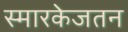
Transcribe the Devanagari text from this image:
स्मारकेजतन